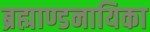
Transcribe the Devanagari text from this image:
ब्रह्माण्डनायिका